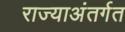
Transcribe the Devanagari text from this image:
राज्याअंतर्गत